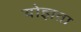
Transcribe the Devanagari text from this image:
योज्ञता